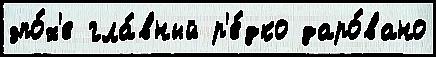
эпо́х'е гла́вный р'е́дко даро́вано